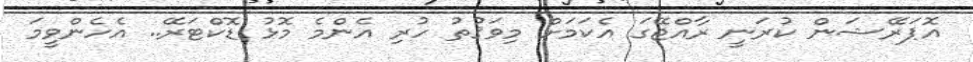
އޮޕަރޭޝަން ކުރަނީ ރާއްޖޭގަ އެކަމަށް މިވަޤުތު ހުރި އެންމެ މޮޅު ޑޮކްޓަރޭ.. އެހެންވީމަ